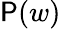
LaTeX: \mathsf{P}(w)